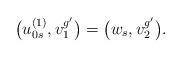
LaTeX: \begin{align*}\big(u_{0s}^{(1)},v_1^{g'}\big)=\big(w_{s},v_2^{g'}\big).\end{align*}